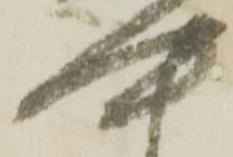
中